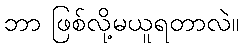
ဘာ ဖြစ်လို့မယူရတာလဲ။